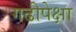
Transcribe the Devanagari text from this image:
गढीपेक्षा